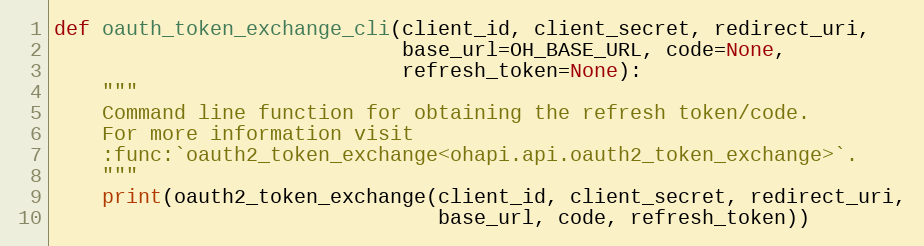
Language: Python
def oauth_token_exchange_cli(client_id, client_secret, redirect_uri,
                             base_url=OH_BASE_URL, code=None,
                             refresh_token=None):
    """
    Command line function for obtaining the refresh token/code.
    For more information visit
    :func:`oauth2_token_exchange<ohapi.api.oauth2_token_exchange>`.
    """
    print(oauth2_token_exchange(client_id, client_secret, redirect_uri,
                                base_url, code, refresh_token))